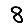
Digit: 8